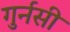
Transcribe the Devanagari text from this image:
गुर्नसी